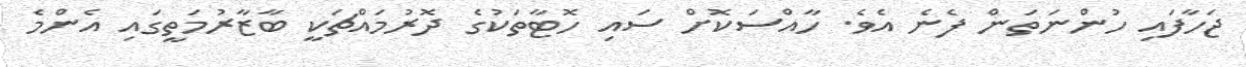
ޖަހާފައި ހުންނަތަން ފެނެ އެވެ. ހާއްސަކޮށް ސައި ހޮޓާތަކުގެ ދޮރުމައްޗަކީ ބާޒާރުމަތީގައި އެންމެ